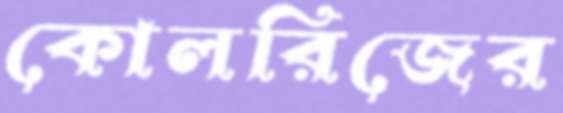
কোলরিজের